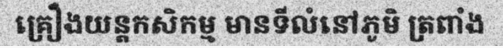
គ្រឿងយន្តកសិកម្ម មានទីលំនៅភូមិ ត្រពាំង